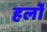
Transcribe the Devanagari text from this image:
हर्लो